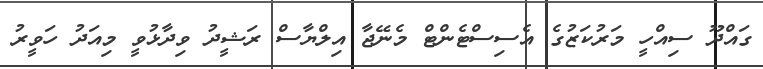
ގައްދޫ ސިއްހީ މަރުކަޒުގެ އެސިސްޓެންޓް މެނޭޖާ އިލްޔާސް ރަޝީދު ވިދާޅުވީ މިއަދު ހަވީރު